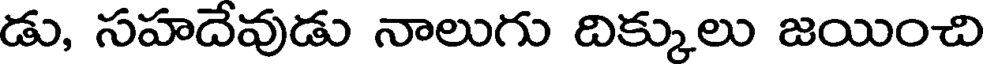
డు, సహదేవుడు నాలుగు దిక్కులు జయించి